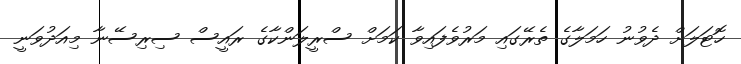
ހޮޓަލަށް ދެވުނު ހަމަލާގެ ތެރޭގައި މަރުވެފައިވާ ކަމަށް ސްރީލަންކާގެ ރައީސް ސިރިސޭނާ މިއަދުވަނީ